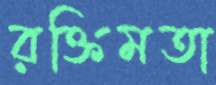
রক্তিমতা